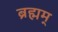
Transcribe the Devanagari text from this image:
ब्रह्मम्